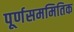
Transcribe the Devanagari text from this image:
पूर्णसममितिक